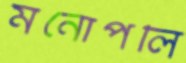
মনোপলি